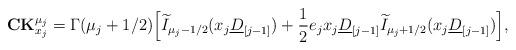
LaTeX: \begin{align*}\mathbf{CK}_{x_j}^{\mu_j}=\Gamma(\mu_j+1/2)\Big[\widetilde{I}_{\mu_j-1/2}(x_{j}\underline{D}_{[j-1]})+\frac{1}{2}e_j x_j \underline{D}_{[j-1]}\widetilde{I}_{\mu_j+1/2}(x_j \underline{D}_{[j-1]})\Big],\end{align*}